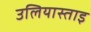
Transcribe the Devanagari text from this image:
उलियास्ताइ